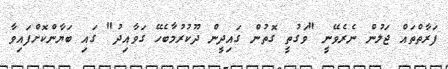
ފަރާތްތައް ޖަލުން ނެރެވޭނީ "ވަގުތީ ގޮތުން ގައިދީން ދޫކުރުމާބެހޭ ގަވާއިދު" ގައި ބަޔާންކޮށްފައިވާ